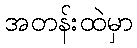
အတန်းထဲမှာ